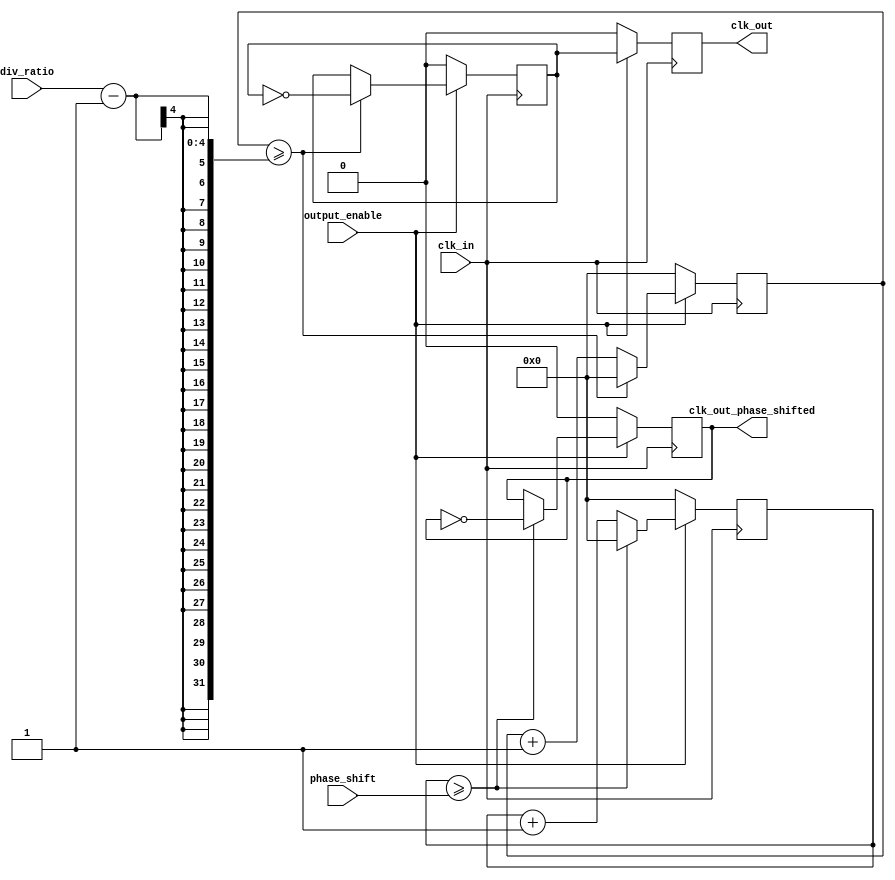
module programmable_clock_buffer (
    input wire clk_in,                  // Input clock signal
    input wire [3:0] div_ratio,        // Programmable division ratio (1-16)
    input wire [3:0] phase_shift,      // Programmable phase shift (0-15)
    input wire output_enable,           // Enable/disable output clock
    output reg clk_out,                 // Output clock signal
    output reg clk_out_phase_shifted    // Output clock with phase shift
);

    reg [3:0] counter;                 // Counter for frequency division
    reg [3:0] phase_counter;           // Counter for phase adjustment
    reg clk_div;                       // Divided clock signal

    // Frequency division logic
    always @(posedge clk_in) begin
        if (output_enable) begin
            if (counter >= div_ratio - 1) begin
                clk_div <= ~clk_div;   // Toggle clock when counter reaches division ratio
                counter <= 0;          // Reset counter
            end else begin
                counter <= counter + 1; // Increment counter
            end
        end else begin
            clk_div <= 0;               // Disable divided clock output
            counter <= 0;               // Reset counter
        end
    end

    // Output clock assignment
    always @(posedge clk_in) begin
        if (output_enable) begin
            clk_out <= clk_div;        // Assign divided clock to output
        end else begin
            clk_out <= 0;               // Disable output clock
        end
    end

    // Phase shift logic
    always @(posedge clk_in) begin
        if (output_enable) begin
            if (phase_counter >= phase_shift) begin
                clk_out_phase_shifted <= ~clk_out_phase_shifted; // Toggle phase shifted clock
                phase_counter <= 0;      // Reset phase counter
            end else begin
                phase_counter <= phase_counter + 1; // Increment phase counter
            end
        end else begin
            clk_out_phase_shifted <= 0; // Disable phase shifted clock
            phase_counter <= 0;          // Reset phase counter
        end
    end

endmodule